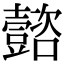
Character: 𡄻